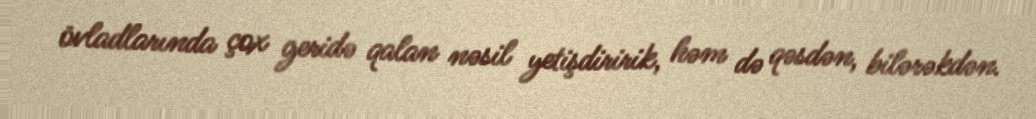
övladlarında çox geridə qalan nəsil yetişdiririk, həm də qəsdən, bilərəkdən.